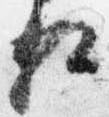
相